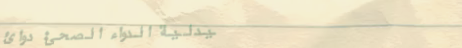
صيدلية الدواء الصحي: دوائ